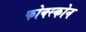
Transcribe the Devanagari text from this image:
फोक्स्कोन